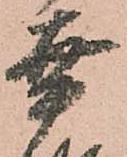
幸